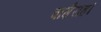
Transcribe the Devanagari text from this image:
वाग़ैराह।